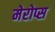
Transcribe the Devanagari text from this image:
मेरोप्स